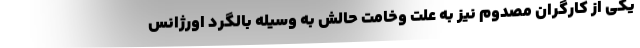
یکی از کارگران مصدوم نیز به علت وخامت حالش به وسیله بالگرد اورژانس